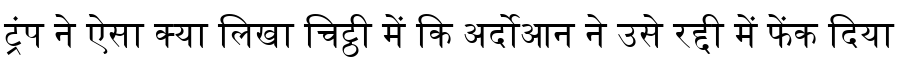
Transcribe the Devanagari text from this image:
ट्रंप ने ऐसा क्या लिखा चिट्ठी में कि अर्दोआन ने उसे रद्दी में फेंक दिया